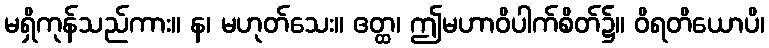
မရှိကုန်သည်ကား။ န၊ မဟုတ်သေး။ ဧတ္ထ၊ ဤမဟာဝိပါက်စိတ်၌။ ဝိရတိယောပိ၊